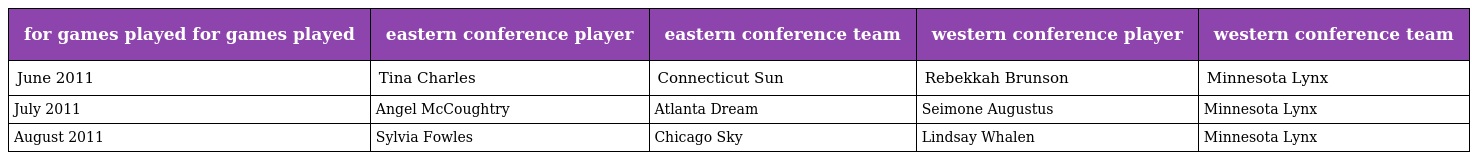
| for games played for games played | eastern conference player | eastern conference team | western conference player | western conference team |
 | --- | --- | --- | --- | --- |
 | June 2011 | Tina Charles | Connecticut Sun | Rebekkah Brunson | Minnesota Lynx |
 | July 2011 | Angel McCoughtry | Atlanta Dream | Seimone Augustus | Minnesota Lynx |
 | August 2011 | Sylvia Fowles | Chicago Sky | Lindsay Whalen | Minnesota Lynx |